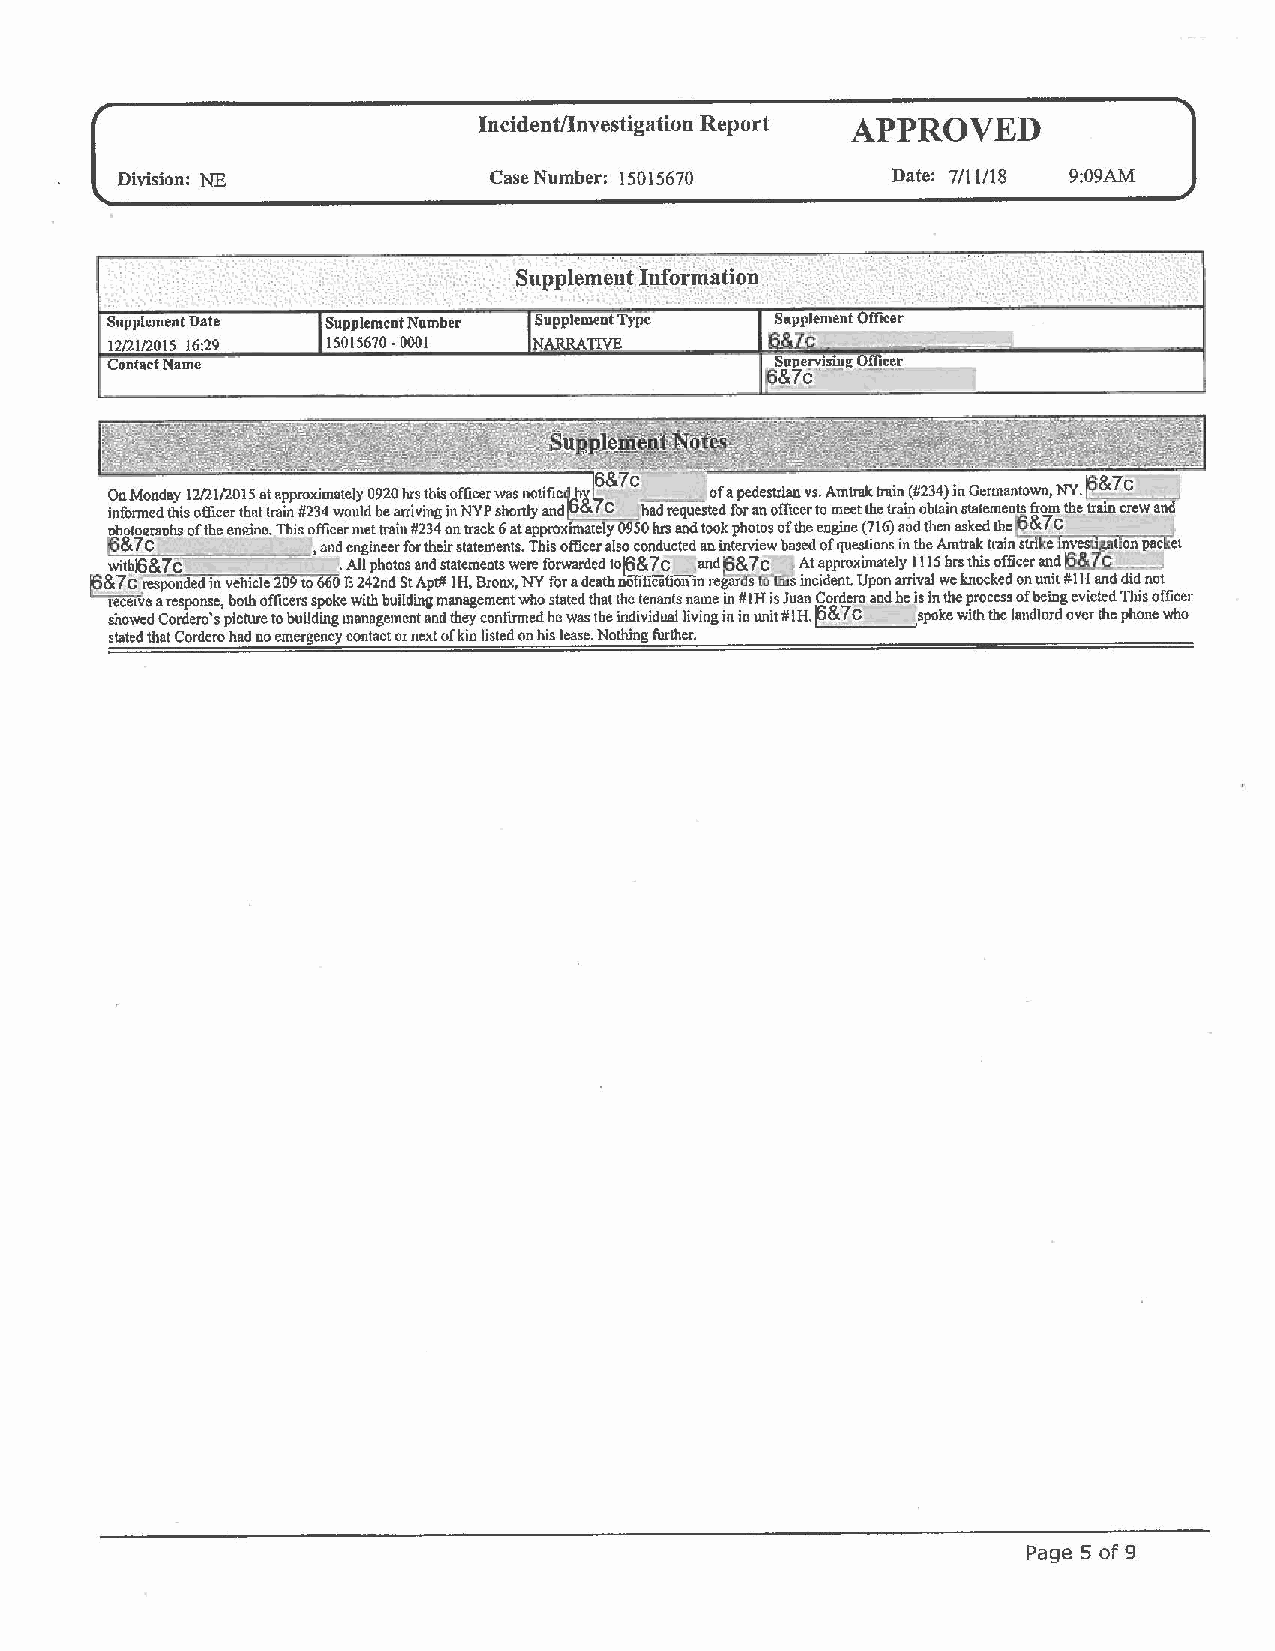
,
 Incident/Investigation Report APPROVED
 Division: NE            Case Number: 15015670      Date: 7/11/18 9:09AM ..
 ,,.
 · Supplem.e,it lnformatioµ
 :      .. . _·.: .. ...       ' ......
 Supplement Date ·1 S upplement Number Supplement Type Supplement Officer
 12/21/2015 16:29 I 1 5015670 -0001 NARRATIVE fi&7n
 Contact Name
 '
 6
 O ina foM oo n~ cd da t. hy i s1 2 o/ f2 fi1 c/ e2 r0 t1 b5 a ta tt r a ap inp r #o 2x 3i 4m wat oel uy ld 0 9 b2 e0 a nh :r i s v it nh gis ino f Nfi Yce Pr w sha os r tn lyo ant di 6f &i~ 7 C,: ,C: h ad requesto edfa f op re ad nes otr fi fa in ce v rs t. o A mm et er ta tk h t er a lri .n ll! 1(# o2 b3 t4 a) i nin s tG ate er mm ea nn tt so w fron m, N tY he. ~ Ira& .in7 cc re w a nil 1
 ohoto2raohs of the enirlne. This officer met train 11234 on track 6 at approximately 950 hrs and took photos of the engine (716) aud then asked the ~~lC
 '3& 7 C _     , and engineer for their statements. This officer also conducted an interview based of questions in the Amtrak tl·ain stri ·e-1~nve-S.1~..l. - --ti~on-pa-c~fet
 16&:lf;: __
 withl6&7c      . All photos and statements were forwarded toj6&7c and~&7c At approximately 1115 hrs this officer and
 ~&7c :responded in vehicle 209 to 660 E 242nd St Apt# IH, Bronx, NY for a dcathmitihcation m regarosto'"'lfus incident. Upon arrival we knocked on unit #I Hand did not
 receive a response, both officers spoke with building management who stated that the tenants name in IIIH is Juan Cordero and he is in the process of being evicted This officer
 showed Cordero' s picture to building management and they con finned he was the individual Jiving in in unit # lH. ~&7 C .spoke with the landlord over the phone who
 stated that Cordero had no emergency contact or next of kin listed on his lease. Nothing further.
 Page 5 of 9